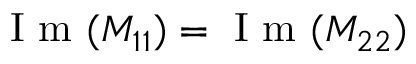
\mathrm { ~ I ~ m ~ } ( M _ { 1 1 } ) = \mathrm { ~ I ~ m ~ } ( M _ { 2 2 } )